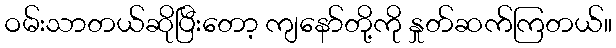
ဝမ်းသာတယ်ဆိုပြီးတော့ ကျနော်တို့ကို နှုတ်ဆက်ကြတယ်။